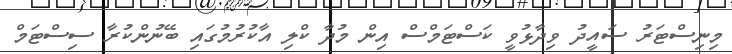
މިނިސްޓަރު ސައީދު ވިދާޅުވީ ކަސްޓަމްސް އިން މުދާ ކްލި އާކުރުމުގައި ބޭނުންކުރާ ސިސްޓަމް